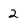
Character: 2